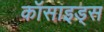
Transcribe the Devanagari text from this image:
कॉसाइड्स